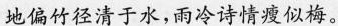
地偏竹径清于水，雨冷诗情瘦似梅。